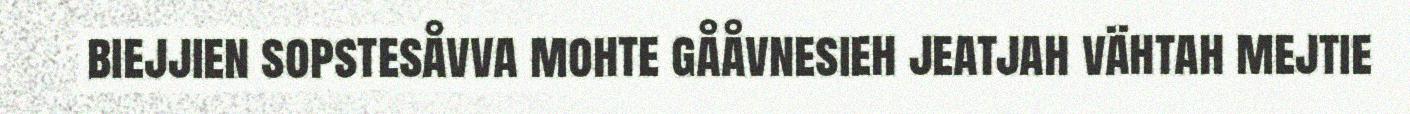
biejjien sopstesåvva mohte gååvnesieh jeatjah vähtah mejtie